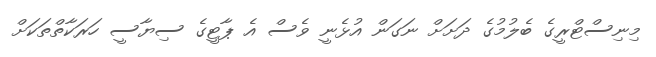
މިނިސްޓްރީގެ ބެލުމުގެ ދަށަށް ނަގަން އުޅެނީ ވެސް އެ ޕާޓީގެ ސިޔާސީ ހަރަކާތްތަކަށް